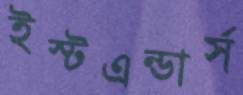
ইস্টএন্ডার্স